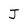
Character: J